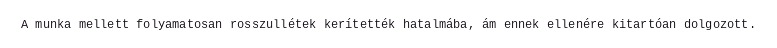
A munka mellett folyamatosan rosszullétek kerítették hatalmába, ám ennek ellenére kitartóan dolgozott.